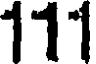
111